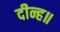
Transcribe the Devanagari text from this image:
दीन्ह॥